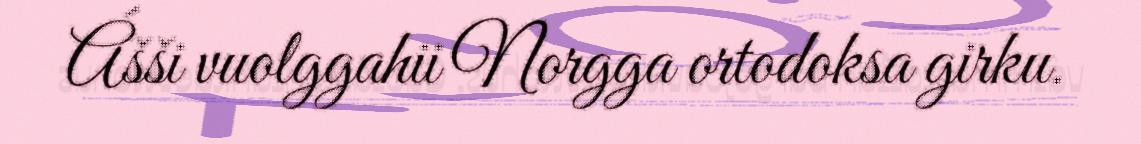
Ášši vuolggahii Norgga ortodoksa girku.